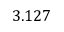
3 . 1 2 7